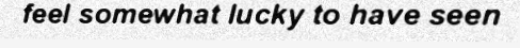
feel somewhat lucky to have seen